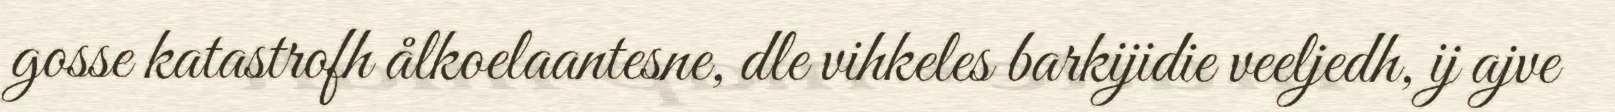
gosse katastrofh ålkoelaantesne, dle vihkeles barkijidie veeljedh, ij ajve